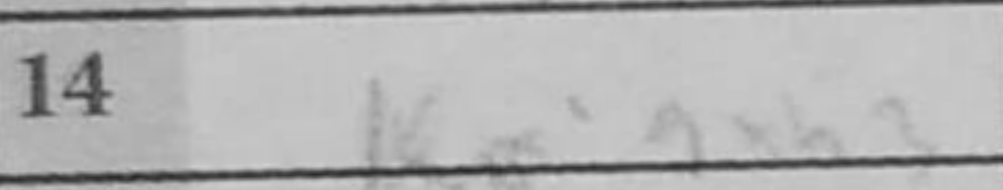
Transcription: gxh3